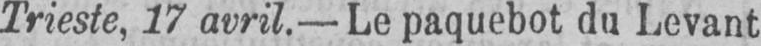
Trieste, 17 avril.- Le paquebot du Levant